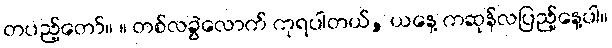
တပည့်တော်။ ။ တစ်လခွဲလောက် ကုရပါတယ်, ယနေ့ ကဆုန်လပြည့်နေ့ပါ။